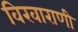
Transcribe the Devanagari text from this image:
विखाराणी